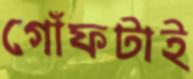
গোঁফটাই